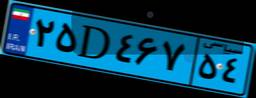
۲۵D۴۶۷۵۴